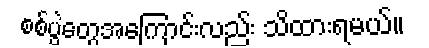
စစ်ပွဲတွေအကြောင်းလည်း သိထားရမယ်။